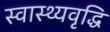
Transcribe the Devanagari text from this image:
स्वास्थ्यवृद्धि